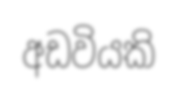
අඩවියකි